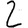
Digit: 2